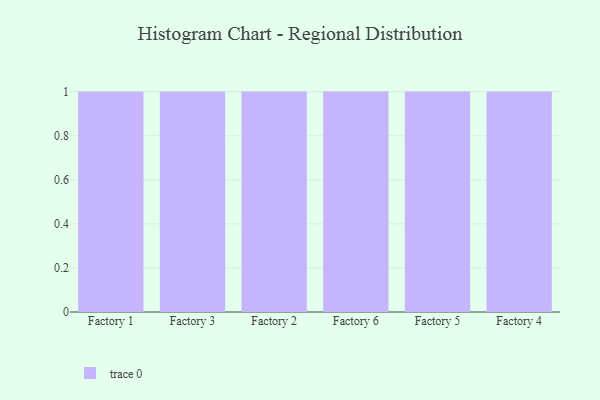
{"axis": {"x": "Factory", "y": "Headcount"}, "legend": [""], "data": [{"x": "Factory 1", "y": 20, "type": ""}, {"x": "Factory 3", "y": 98, "type": ""}, {"x": "Factory 2", "y": 21, "type": ""}, {"x": "Factory 6", "y": 36, "type": ""}, {"x": "Factory 5", "y": 13, "type": ""}, {"x": "Factory 4", "y": 24, "type": ""}]}